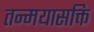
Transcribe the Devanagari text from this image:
तन्मयासक्ति